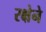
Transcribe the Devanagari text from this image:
रक्षेने